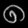
Digit: ၈